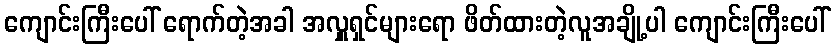
ကျောင်းကြီးပေါ် ရောက်တဲ့အခါ အလှူရှင်များရော ဖိတ်ထားတဲ့လူအချို့ပါ ကျောင်းကြီးပေါ်